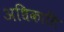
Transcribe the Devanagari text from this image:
अधिकाति